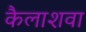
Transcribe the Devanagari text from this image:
कैलाशवा